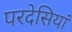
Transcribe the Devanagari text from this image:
परदेसियां